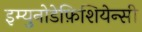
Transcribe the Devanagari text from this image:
इम्युनोडेफ़िशियेन्सी